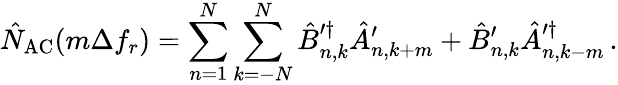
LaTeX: \hat{N}_{\mathrm{AC}}(m\Delta f_{r})=\sum_{n=1}^{N}\sum_{k=-N}^{N}\hat{B}_{n,k}^{\prime\dagger}\hat{A}_{n,k+m}^{\prime}+\hat{B}_{n,k}^{\prime}\hat{A}_{n,k-m}^{\prime\dagger}\, .